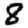
Digit: 8